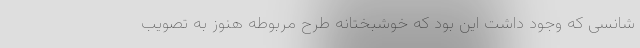
شانسی که وجود داشت این بود که خوشبختانه طرح مربوطه هنوز به تصویب